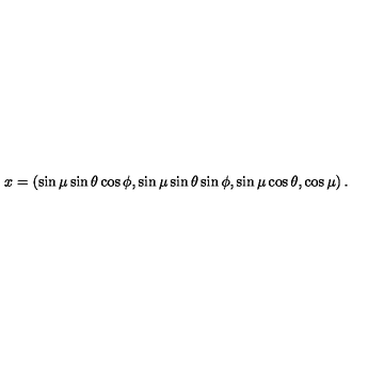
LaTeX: x = \left( \sin \mu \sin \theta \cos \phi , \sin \mu \sin \theta \sin \phi , \sin \mu \cos \theta , \cos \mu \right) .